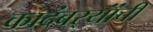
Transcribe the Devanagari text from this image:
कादंबर्‍यांंची